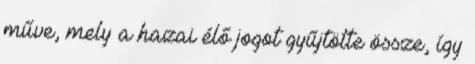
műve, mely a hazai élő jogot gyűjtötte össze, így